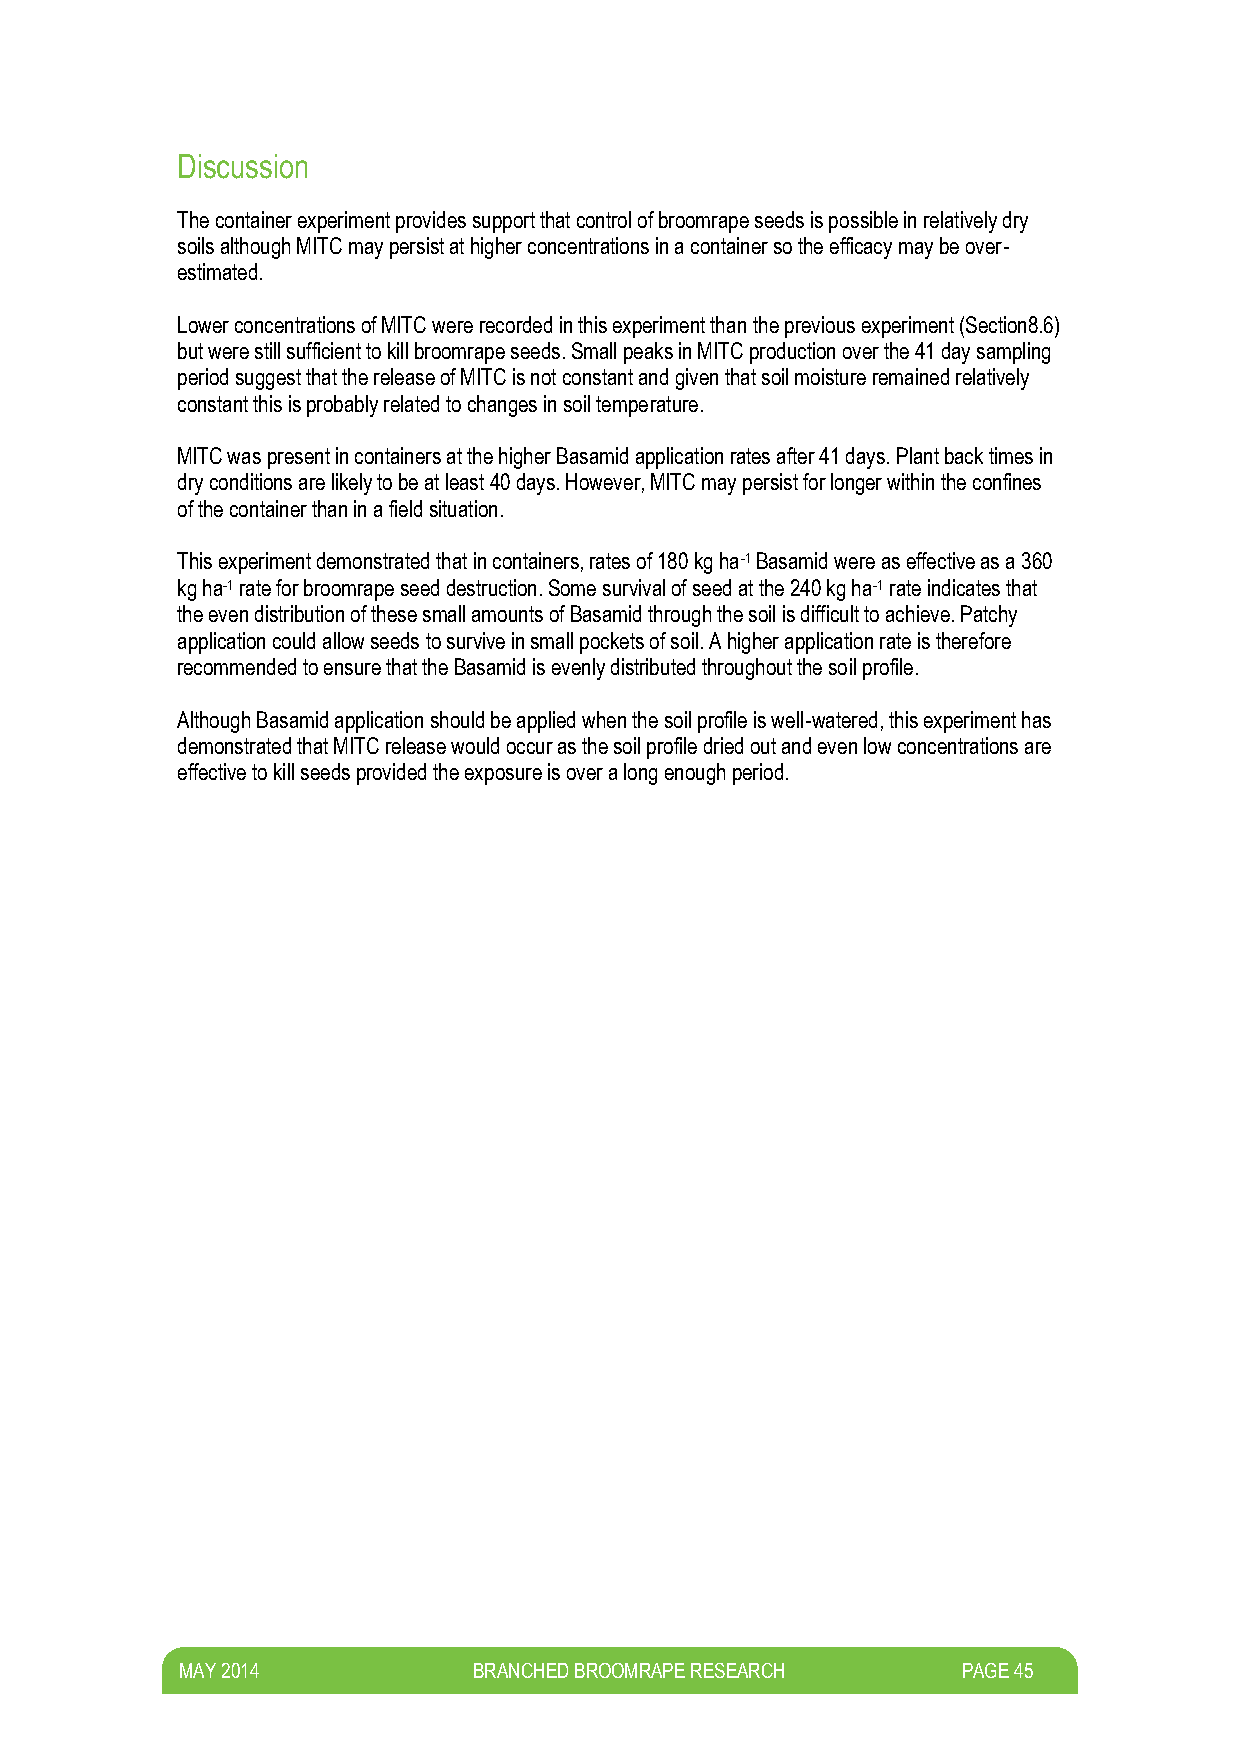
Discussion
 The container experiment provides support that control of broomrape seeds is possible in relatively dry
 soils although MITC may persist at higher concentrations in a container so the efficacy may be over-
 estimated.
 Lower concentrations of MITC were recorded in this experiment than the previous experiment (Section8.6)
 but were still sufficient to kill broomrape seeds. Small peaks in MITC production over the 41 day sampling
 period suggest that the release of MITC is not constant and given that soil moisture remained relatively
 constant this is probably related to changes in soil temperature.
 MITC was present in containers at the higher Basamid application rates after 41 days. Plant back times in
 dry conditions are likely to be at least 40 days. However, MITC may persist for longer within the confines
 of the container than in a field situation.
 This experiment demonstrated that in containers, rates of 180 kg ha-1 Basamid were as effective as a 360
 kg ha-1 rate for broomrape seed destruction. Some survival of seed at the 240 kg ha-1 rate indicates that
 the even distribution of these small amounts of Basamid through the soil is difficult to achieve. Patchy
 application could allow seeds to survive in small pockets of soil. A higher application rate is therefore
 recommended to ensure that the Basamid is evenly distributed throughout the soil profile.
 Although Basamid application should be applied when the soil profile is well-watered, this experiment has
 demonstrated that MITC release would occur as the soil profile dried out and even low concentrations are
 effective to kill seeds provided the exposure is over a long enough period.
 M AY 2014          BRANCHED BROOMRAPE RESEARCH      PAGE 45